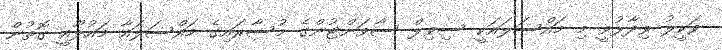
ވަކީލު ވިދާޅުވީ މި މައްސަލައަކީ ސިވިލް ސާވަންޓުންގެ މުސާރައިގެ މައްސަލައާ މައުލޫއީ ގޮތުން